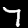
Label: 7